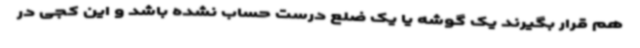
هم قرار بگیرند یک گوشه یا یک ضلع درست حساب نشده باشد و این کجی در